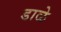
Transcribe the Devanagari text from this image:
डाळे